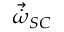
\vec { \dot { \omega } } _ { S C }